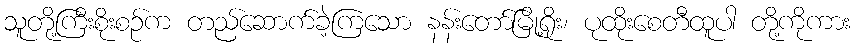
သူတို့ကြီးစိုးစဉ်က တည်ဆောက်ခဲ့ကြသော နန်းတော်မြို့ရိုး၊ ပုထိုးစေတီထူပါ တို့ကိုကား